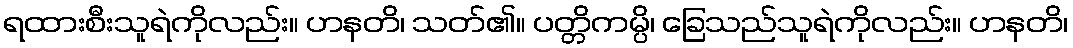
ရထားစီးသူရဲကိုလည်း။ ဟနတိ၊ သတ်၏။ ပတ္တိကမ္ပိ၊ ခြေသည်သူရဲကိုလည်း။ ဟနတိ၊